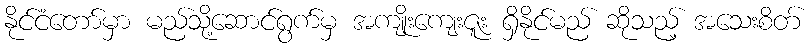
နိုင်ငံတော်မှာ မည်သို့ဆောင်ရွက်မှ အကျိုးကျေးဇူး ရှိနိုင်မည် ဆိုသည့် အသေးစိတ်